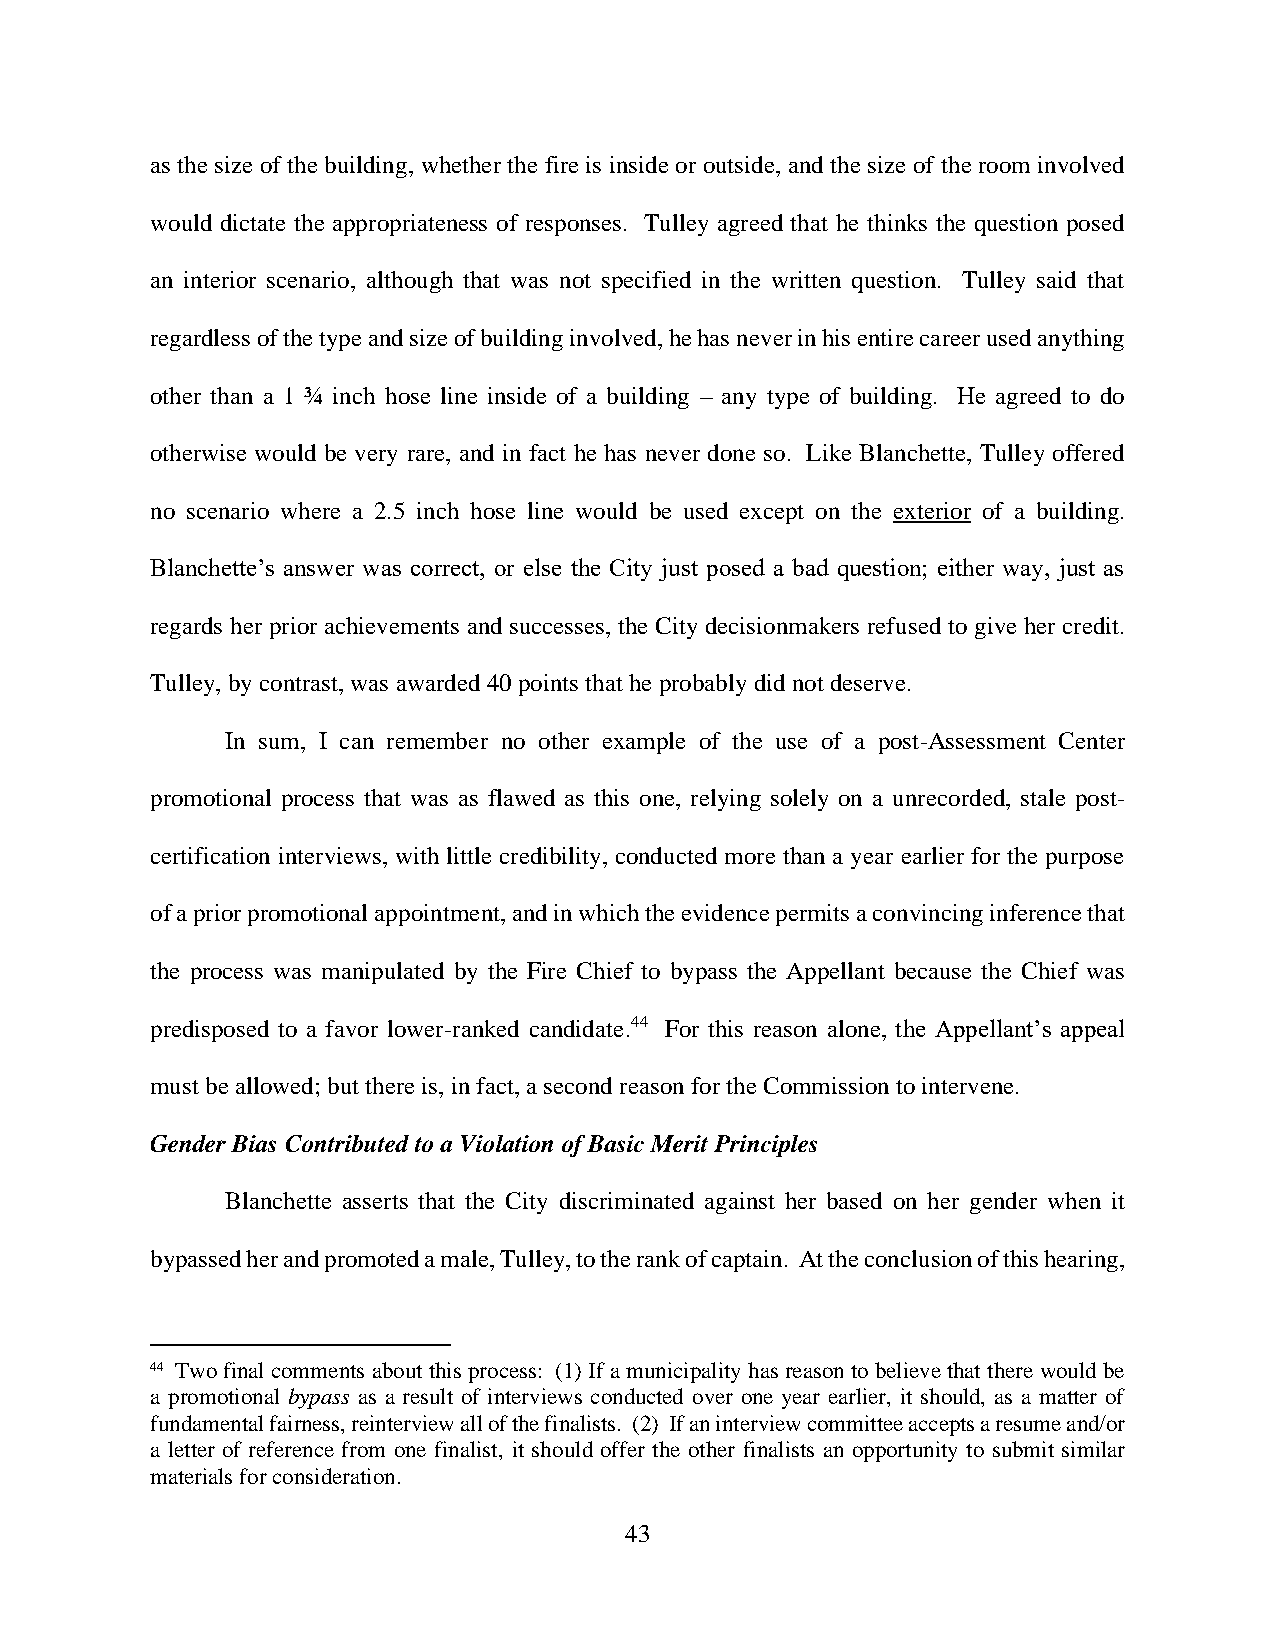
as the size of the building, whether the fire is inside or outside, and the size of the room involved
 would dictate the appropriateness of responses. Tulley agreed that he thinks the question posed
 an interior scenario, although that was not specified in the written question. Tulley said that
 regardless of the type and size of building involved, he has never in his entire career used anything
 other than a 1 ¾ inch hose line inside of a building – any type of building. He agreed to do
 otherwise would be very rare, and in fact he has never done so. Like Blanchette, Tulley offered
 no scenario where a 2.5 inch hose line would be used except on the exterior of a building.
 Blanchette’s answer was correct, or else the City just posed a bad question; either way, just as
 regards her prior achievements and successes, the City decisionmakers refused to give her credit.
 Tulley, by contrast, was awarded 40 points that he probably did not deserve.
 In sum, I can remember no other example of the use of a post-Assessment Center
 promotional process that was as flawed as this one, relying solely on a unrecorded, stale post-
 certification interviews, with little credibility, conducted more than a year earlier for the purpose
 of a prior promotional appointment, and in which the evidence permits a convincing inference that
 the process was manipulated by the Fire Chief to bypass the Appellant because the Chief was
 predisposed to a favor lower-ranked candidate.44 For this reason alone, the Appellant’s appeal
 must be allowed; but there is, in fact, a second reason for the Commission to intervene.
 Gender Bias Contributed to a Violation of Basic Merit Principles
 Blanchette asserts that the City discriminated against her based on her gender when it
 bypassed her and promoted a male, Tulley, to the rank of captain. At the conclusion of this hearing,
 44 Two final comments about this process: (1) If a municipality has reason to believe that there would be
 a promotional bypass as a result of interviews conducted over one year earlier, it should, as a matter of
 fundamental fairness, reinterview all of the finalists. (2) If an interview committee accepts a resume and/or
 a letter of reference from one finalist, it should offer the other finalists an opportunity to submit similar
 materials for consideration.
 43